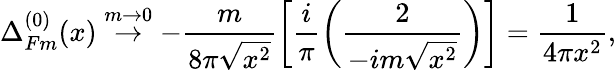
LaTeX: \Delta_{Fm}^{(0)}(x)\stackrel{m\rightarrow 0}{\rightarrow}-\frac{m}{8\pi\sqrt{x^{2}}}\left[\frac{i}{\pi}\left(\frac{2}{-im\sqrt{x^{2}}}\right)\right]=\frac{1}{4\pi x^{2}},